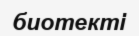
биотекті